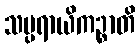
သမ္ပရာယိကဉ္စာတိ